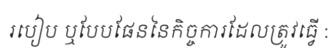
របៀប ឬបែបផែននៃកិច្ចការដែលត្រូវធ្វើ :